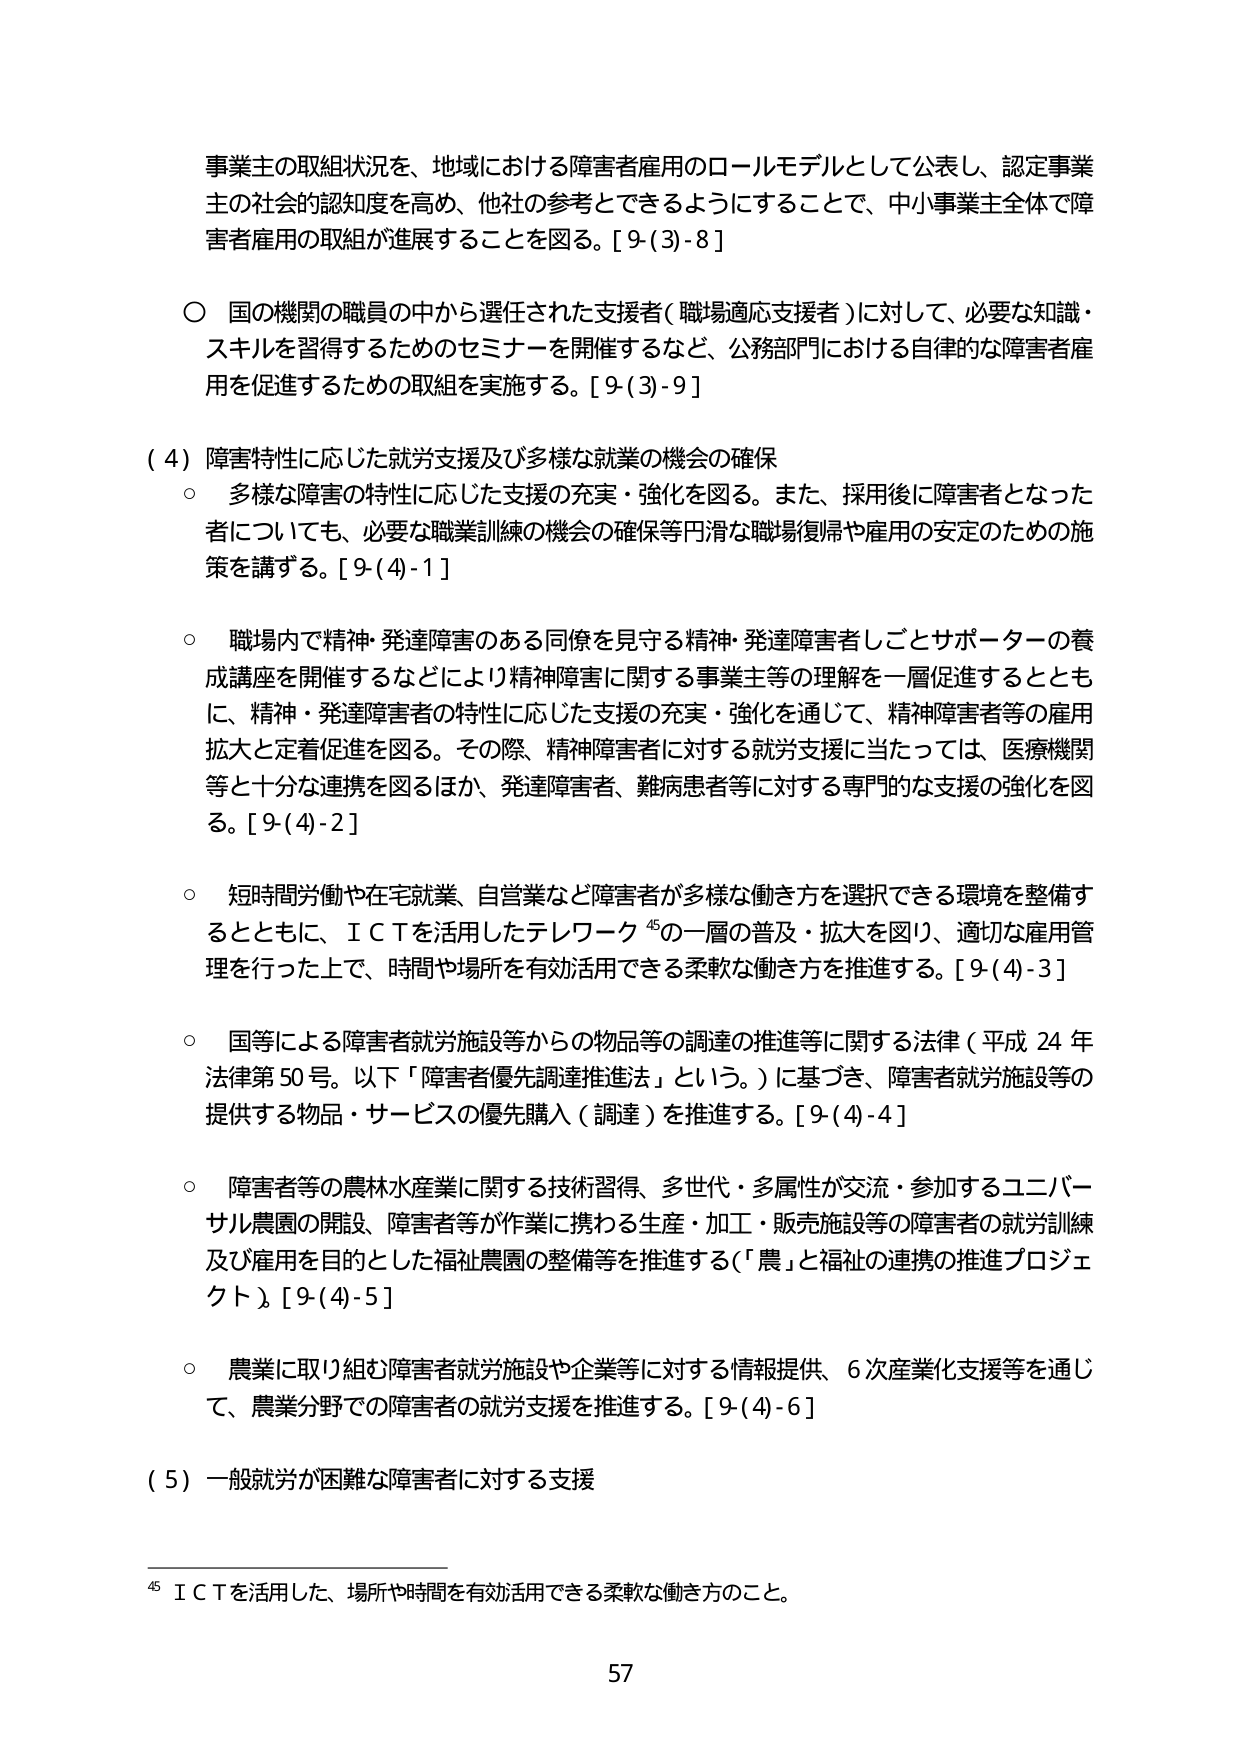
事業主の取組状況を、地域における障害者雇用のロールモデルとして公表し、認定事業主の社会的認知度を高め、他社の参考とできるようにすることで、中小事業主全体で障害者雇用の取組が進展することを図る。[9-(3)-8]

○ 国の機関の職員の中から選任された支援者（職場適応支援者）に対して、必要な知識・スキルを習得するためのセミナーを開催するなど、公務部門における自律的な障害者雇用を促進するための取組を実施する。[9-(3)-9]

（4）障害特性に応じた就労支援及び多様な就業の機会の確保
○ 多様な障害の特性に応じた支援の充実・強化を図る。また、採用後に障害者となった者についても、必要な職業訓練の機会の確保等円滑な職場復帰や雇用の安定のための施策を講ずる。[9-(4)-1]

○ 職場内で精神・発達障害のある同僚を見守る精神・発達障害者しごとサポーターの養成講座を開催するなどにより精神障害に関する事業主等の理解を一層促進するとともに、精神・発達障害者の特性に応じた支援の充実・強化を通じて、精神障害者等の雇用拡大と定着促進を図る。その際、精神障害者に対する就労支援に当たっては、医療機関等と十分な連携を図るほか、発達障害者、難病患者等に対する専門的な支援の強化を図る。[9-(4)-2]

○ 短時間労働や在宅就業、自営業など障害者が多様な働き方を選択できる環境を整備するとともに、ＩＣＴを活用したテレワーク⁴⁵の一層の普及・拡大を図り、適切な雇用管理を行った上で、時間や場所を有効活用できる柔軟な働き方を推進する。[9-(4)-3]

○ 国等による障害者就労施設等からの物品等の調達の推進等に関する法律（平成24年法律第50号。以下「障害者優先調達推進法」という。）に基づき、障害者就労施設等の提供する物品・サービスの優先購入（調達）を推進する。[9-(4)-4]

○ 障害者等の農林水産業に関する技術習得、多世代・多属性が交流・参加するユニバーサル農園の開設、障害者等が作業に携わる生産・加工・販売施設等の障害者の就労訓練及び雇用を目的とした福祉農園の整備等を推進する（「農」と福祉の連携の推進プロジェクト）。[9-(4)-5]

○ 農業に取り組む障害者就労施設や企業等に対する情報提供、6次産業化支援等を通じて、農業分野での障害者の就労支援を推進する。[9-(4)-6]

（5）一般就労が困難な障害者に対する支援

⁴⁵ ＩＣＴを活用した、場所や時間を有効活用できる柔軟な働き方のこと。

57